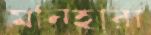
মনিহারা